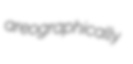
areographically